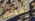
تموتين